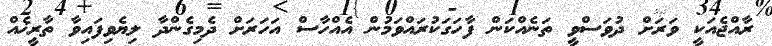
ރާއްޖެއަކީ ވަރަށް ދުވަސްވީ ތަނެއްކަން ފާހަގަކުރައްވަމުން އެއްހާސް އަހަރަށް ދެމިގެންދާ ލިޔެވިފައިވާ ތާރީޚެއް